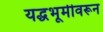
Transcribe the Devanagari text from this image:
यद्धभूमीवरून